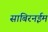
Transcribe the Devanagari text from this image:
साबिरनईम